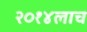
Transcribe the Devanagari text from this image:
२०१४लाच